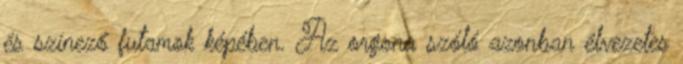
és színező futamok képében. Az orgona szóló azonban élvezetes